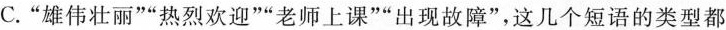
C.”雄伟壮丽””热烈欢迎””老师上课””出现故障”，这几个短语的类型都